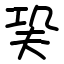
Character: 巬